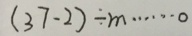
( 3 7 - 2 ) \div m \cdots 0